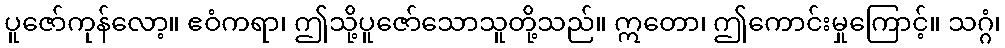
ပူဇော်ကုန်လော့။ ဧဝံကရာ၊ ဤသို့ပူဇော်သောသူတို့သည်။ ဣတော၊ ဤကောင်းမှုကြောင့်။ သဂ္ဂံ၊